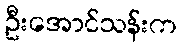
ဦးအောင်သန်းက